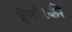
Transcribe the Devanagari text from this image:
हेनरिकी